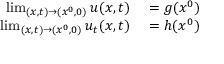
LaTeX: \begin{array} { r l } { \operatorname* { l i m } _ { ( x , t ) \to ( x ^ { 0 } , 0 ) } u ( x , t ) } & { { } = g ( x ^ { 0 } ) } \\ { \operatorname* { l i m } _ { ( x , t ) \to ( x ^ { 0 } , 0 ) } u _ { t } ( x , t ) } & { { } = h ( x ^ { 0 } ) } \end{array}